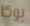
بوكا